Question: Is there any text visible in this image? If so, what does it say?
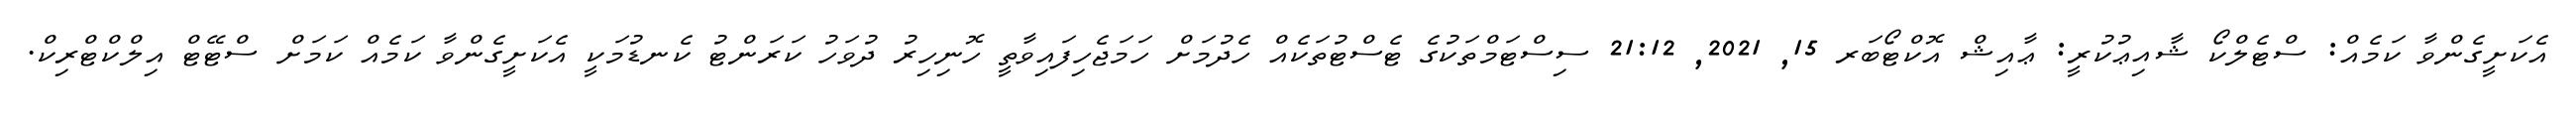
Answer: އެކަށީގެންވާ ކަމެއް: ސްޓެލްކޯ ޝާއިޢުކުރީ: ޢާއިޝް އޮކްޓޯބަރ 15, 2021, 21:12 ސިސްޓަމްތަކުގެ ޓެސްޓުތަކެއް ހެދުމަށް ހަމަޖެހިފައިވާތީ ހޮނިހިރު ދުވަހު ކަރަންޓު ކެނޑުމަކީ އެކަށީގެންވާ ކަމެއް ކަމަށް ސްޓޭޓް އިލްކްޓްރިކް.